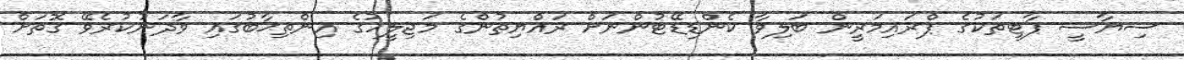
ސިޔާސީ ޕާޓީތަކުގެ ޕްރައިމަރީން ބަލިވާ ކެންޑިޑޭޓުންނަށް ރައްޔިތުންގެ މަޖިލީހުގެ އިންތިޚާބުގައި ވާދަނުކުރެވޭ ގޮތަށް